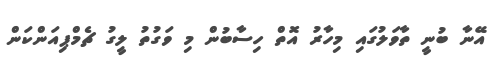
އޭނާ ބުނީ ތާވަލުގައި މިހާރު އޮތް ހިސާބުން މި ވަގުތު ލީގު ޗެމްޕިއަންކަން